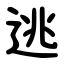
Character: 逃